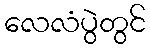
လေလံပွဲတွင်